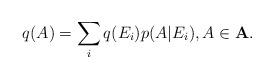
LaTeX: \begin{align*}q(A)=\sum_iq(E_i)p(A|E_i), A \in \bf{A}.\end{align*}